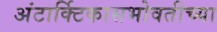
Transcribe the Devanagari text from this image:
अंटार्क्टिकासभोवतीच्या